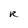
Character: R